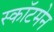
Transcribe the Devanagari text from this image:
स्कॉटमेन